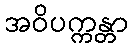
အဝိပက္ကန္တာ